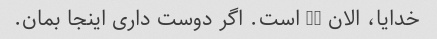
خدایا، الان 10 است. اگر دوست داری اینجا بمان.